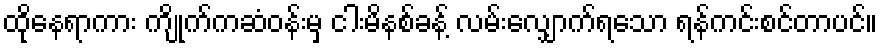
ထိုနေရာကား ကျိုက်ကဆံဝန်းမှ ငါးမိနစ်ခန့် လမ်းလျှောက်ရသော ရန်ကင်းစင်တာပင်။